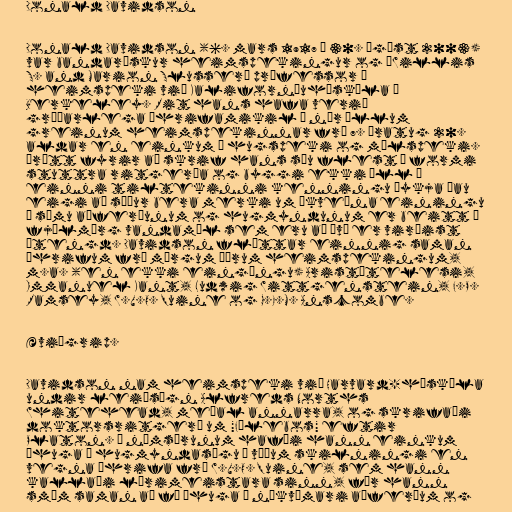
Donald Davidson

Donald Davidson (6. mars 1917 – 30. ágúst 2003)
var bandarískur heimspekingur og „Willis
S. and Marion Slusser“ prófessor í
heimspeki við Kaliforníuháskóla í
Berkeley. Rit hans hafa verið
gríðarlega áhrifamikil í nær öllum
greinum heimspekinnar frá 7. áratug 20.
aldar en einkum í hugspeki og málspeki.
Þrátt fyrir að skrif hans séu flest í formi
stuttra ritgerða og byggi ekki öll á
einni tiltekinni kenningu þykja þau
eigi að síður bera merki um ákveðna einingu
— sömu aðferðunum og hugmyndunum er beitt á
fjölmörg vandamál sem eru að því er virðist
ótengd. Davidson fléttar einnig saman
áhrifum frá mörgum öðrum heimspekingum,
m.a. (en ekki eingöngu) Aristótelesi,
Immanuel Kant, Ludwig Wittgenstein, F.P.
Ramsey, W.V.O. Quine og G.E.M. Anscombe.

Æviágrip.

Davidson nam heimspeki við Harvard-háskóla
undir leiðsögn Alfreds Norths
Whitehead, meðal annarra, og skrifaði
doktorsritgerð um "Fílebos" eftir
Platon. Á námsárunum hafði hann einkum
áhuga á hugmyndasögu í víðum skilningi en
vegna áhrifa frá W.V.O. Quine, sem hann
kallaði lærimeistara sinn, fór hann
smám saman að fá áhuga á nákvæmari aðferðum og